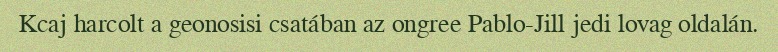
Kcaj harcolt a geonosisi csatában az ongree Pablo-Jill jedi lovag oldalán.